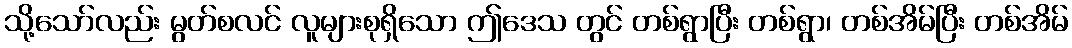
သို့သော်လည်း မွတ်စလင် လူများစုရှိသော ဤဒေသ တွင် တစ်ရွာပြီး တစ်ရွာ၊ တစ်အိမ်ပြီး တစ်အိမ်